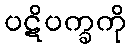
ပဋိပက္ခကို